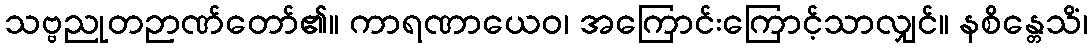
သဗ္ဗညုတဉာဏ်တော်၏။ ကာရဏာယေဝ၊ အကြောင်းကြောင့်သာလျှင်။ နစိန္တေသိံ၊